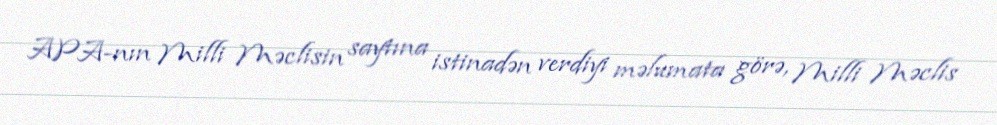
APA-nın Milli Məclisin saytına istinadən verdiyi məlumata görə, Milli Məclis